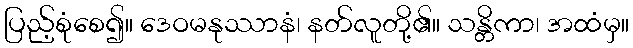
ပြည့်စုံစေ၍။ ဒေဝမနုဿာနံ၊ နတ်လူတို့၏။ သန္တိကာ၊ အထံမှ။